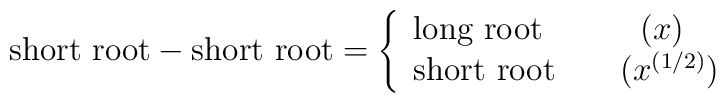
\mbox{short root}   - \mbox{short root}=\left\{   \begin{array}{l}      \mbox{long root}\qquad \quad (x)\\       \mbox{short root}\qquad (x^{(1/2)})\\   \end{array}   \right.